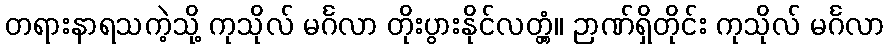
တရားနာရသကဲ့သို့ ကုသိုလ် မင်္ဂလာ တိုးပွားနိုင်လတ္တံ့။ ဉာဏ်ရှိတိုင်း ကုသိုလ် မင်္ဂလာ